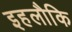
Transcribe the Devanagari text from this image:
इहलौकि